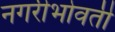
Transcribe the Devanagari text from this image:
नगरीभोवती